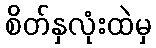
စိတ်နှလုံးထဲမှ